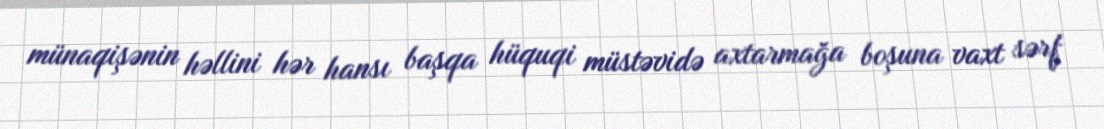
münaqişənin həllini hər hansı başqa hüquqi müstəvidə axtarmağa boşuna vaxt sərf